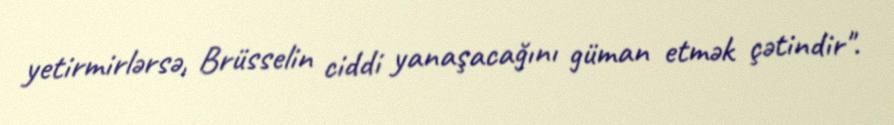
yetirmirlərsə, Brüsselin ciddi yanaşacağını güman etmək çətindir".